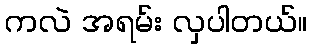
ကလဲ အရမ်း လှပါတယ်။